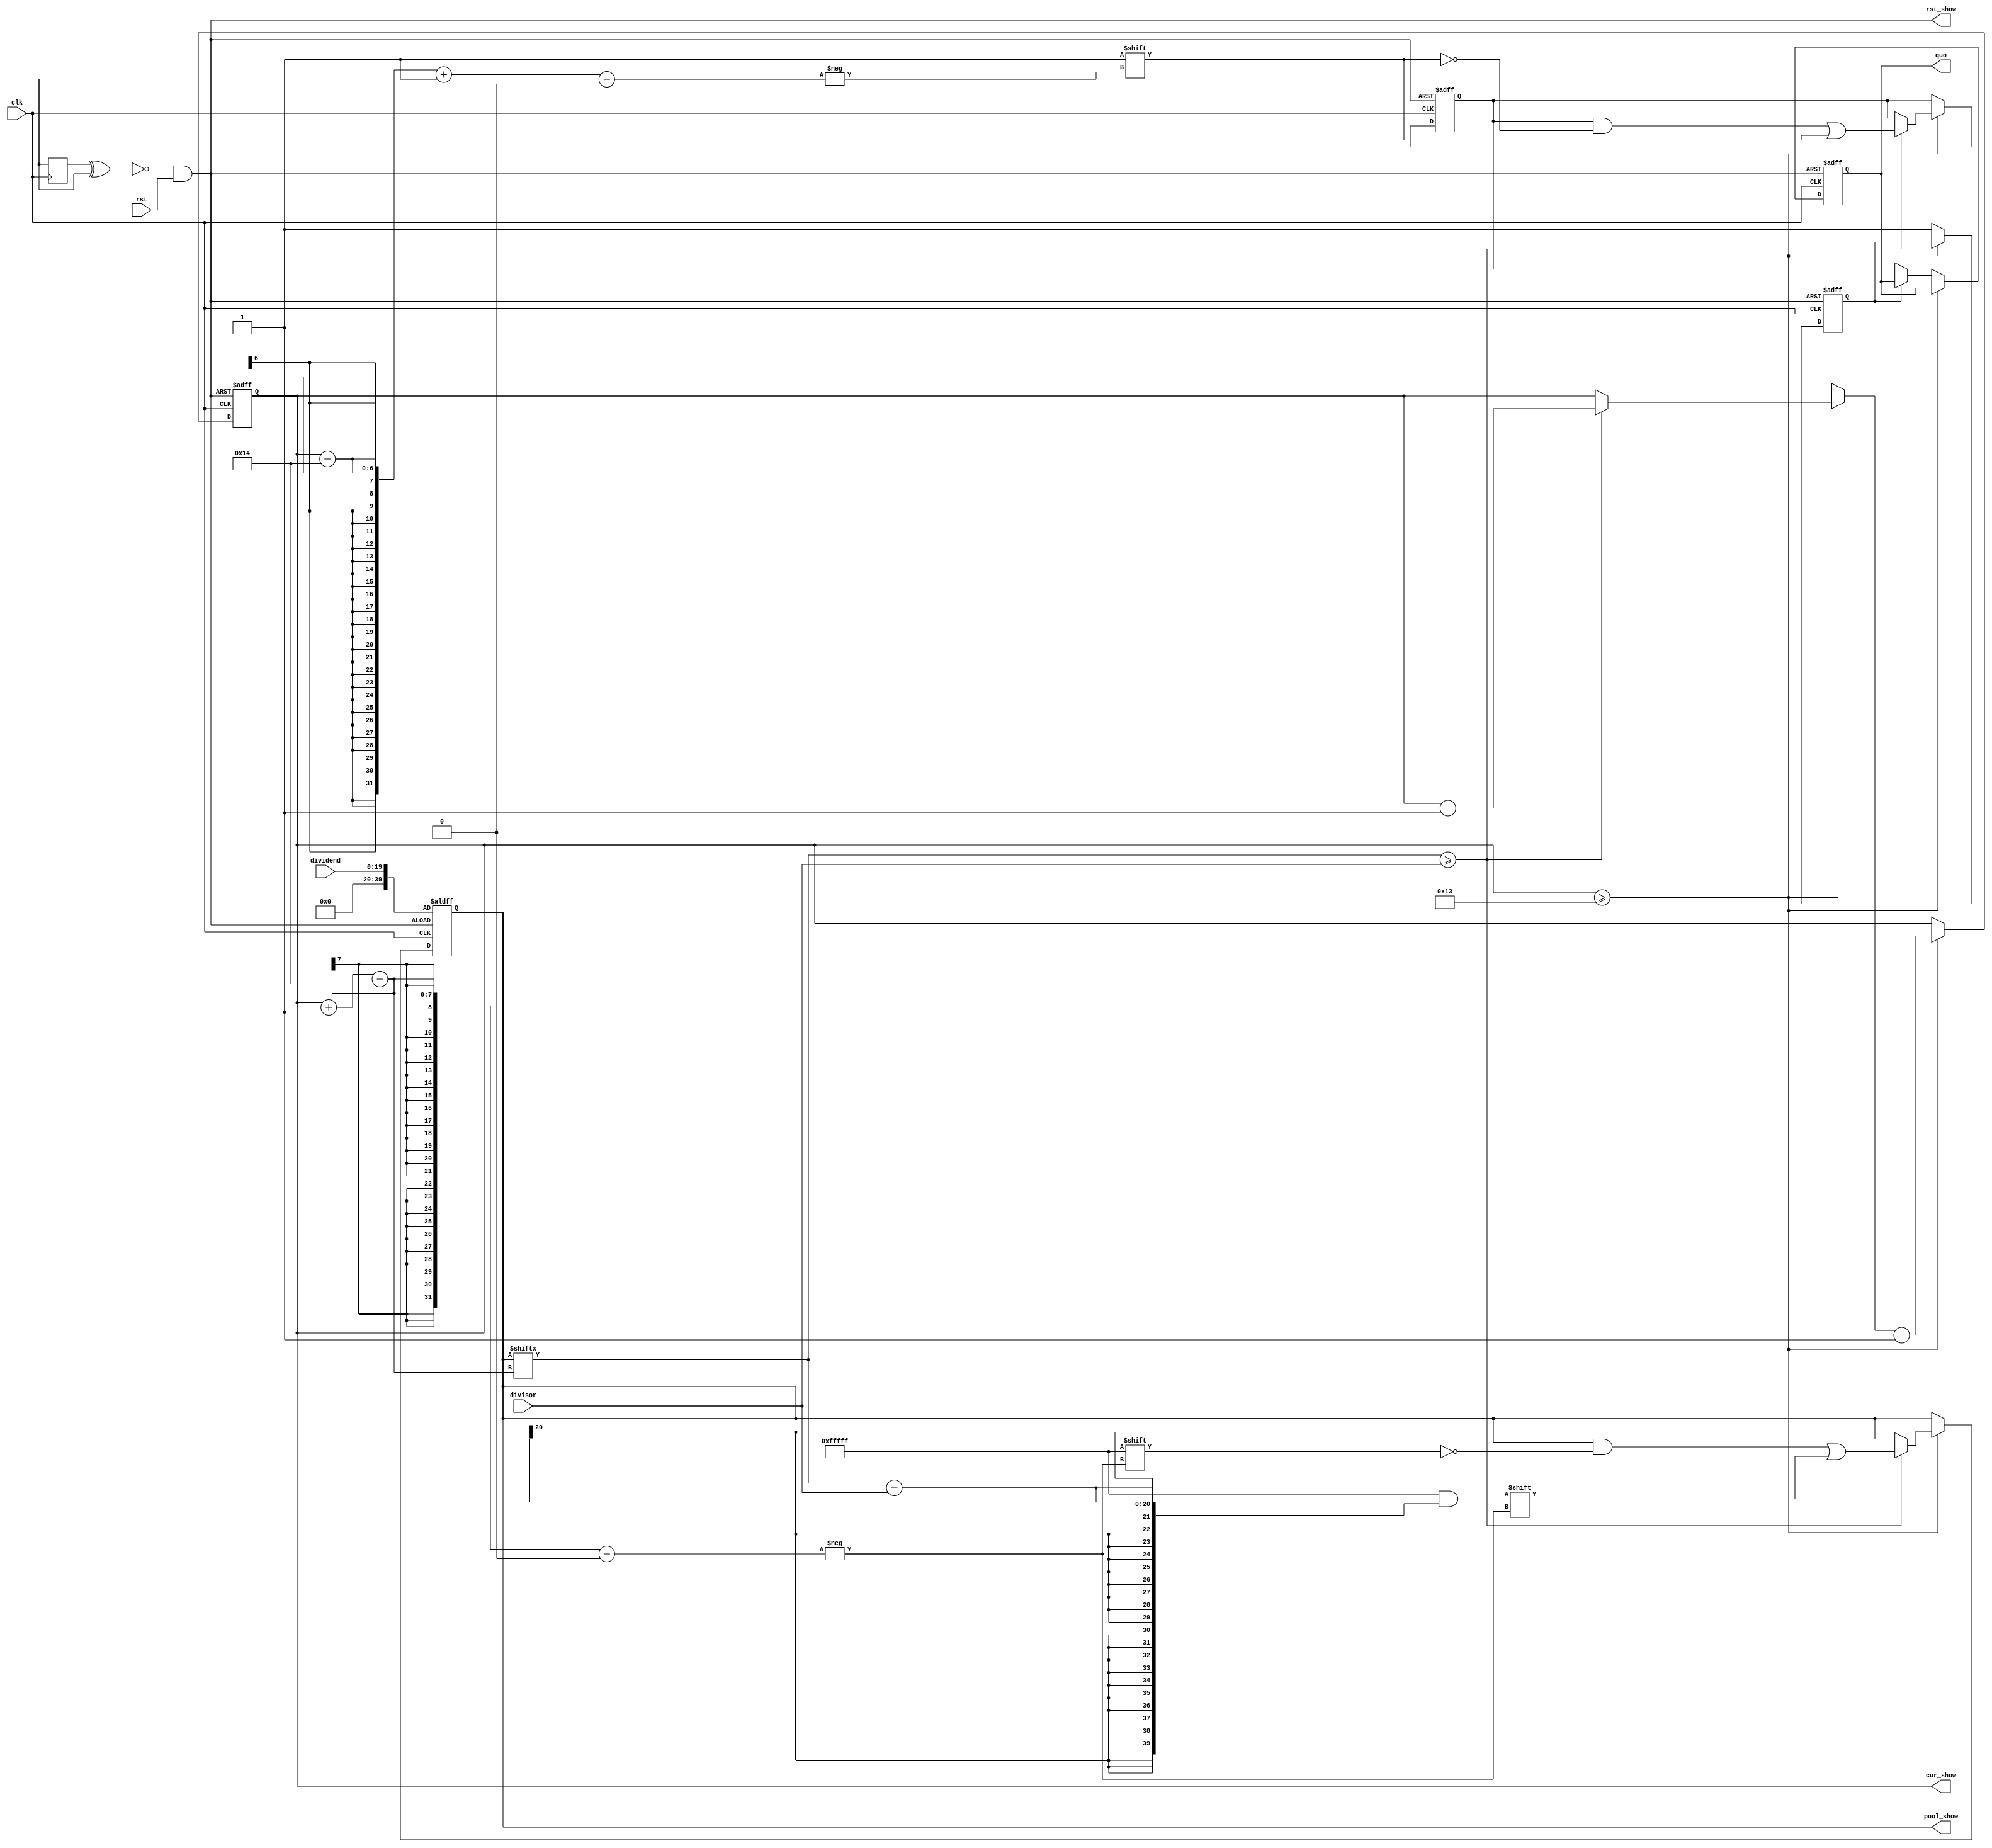
module div(
	input clk,
	input rst,
	input [LENGTH-1:0] dividend,
	input [LENGTH-1:0] divisor,
	output reg [LENGTH-1:0] quo
	// test
	,
	output [WIDTH-1:0] cur_show,
	output [LENGTH*2-1:0] pool_show,
	output rst_show
);
	parameter LENGTH = 20;
	parameter WIDTH = 6;// twice the length

	// sensitive rst
	reg first_rst = 1;
	reg delay_rst = 0;
	wire operand_rst;
	always @(posedge clk)begin
		delay_rst <= first_rst;
	end
	always @(dividend or divisor)begin
		first_rst <= ~first_rst;
	end
	assign operand_rst = ~(delay_rst ^ first_rst);
	// local rst: sensitive to operands
	wire local_rst;
	assign local_rst = operand_rst && rst;
		assign rst_show = local_rst;


	reg [WIDTH-1:0] cur;
		assign cur_show = cur;
	reg [LENGTH*2-1:0] pool;
		assign pool_show = pool;
	reg [LENGTH-1:0] res;
	reg halt = 0;
	always @(posedge clk or negedge local_rst)begin
		if(!local_rst)begin
			cur <= LENGTH*2-1;
			pool <= {0,dividend};
			res <= 0;
			quo <= 0;
			halt <= 0;
		end
		else begin
			if(cur >= LENGTH - 1)begin
				if(pool[cur -: LENGTH] >= divisor)begin
					pool[cur -: LENGTH] = pool[cur -: LENGTH] - divisor;
					res[cur-LENGTH+1] = 1;
					cur = cur-1;
				end
				cur = cur - 1;
			end
			else if(!halt) begin
				quo <= res;
				halt <= 1;
			end
		end
	end

endmodule